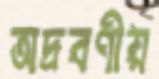
অদ্রবণীয়